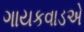
ગાયકવાડએ